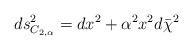
\begin{align*}ds^2_{C_{2,\alpha}}=dx^2+\alpha^2x^2d\bar{\chi}^2\end{align*}